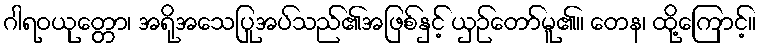
ဂါရဝယုတ္တော၊ အရိုအသေပြုအပ်သည်၏အဖြစ်နှင့် ယှဉ်တော်မူ၏။ တေန၊ ထို့ကြောင့်။